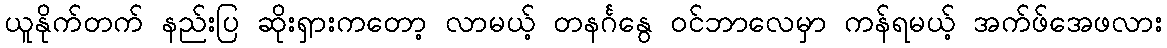
ယူနိုက်တက် နည်းပြ ဆိုးရှားကတော့ လာမယ့် တနင်္ဂနွေ ဝင်ဘာလေမှာ ကန်ရမယ့် အက်ဖ်အေဖလား